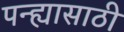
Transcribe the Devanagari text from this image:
पन्ह्यासाठी